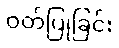
ဝတ်ပြုခြင်း